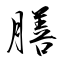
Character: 膳